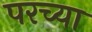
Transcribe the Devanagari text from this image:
परच्या